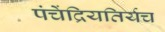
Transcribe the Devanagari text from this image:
पंचेंद्रियतिर्यच